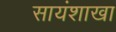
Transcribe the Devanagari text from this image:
सायंशाखा